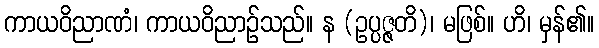
ကာယဝိညာဏံ၊ ကာယဝိညာဉ်သည်။ န (ဥပ္ပဇ္ဇတိ)၊ မဖြစ်။ ဟိ၊ မှန်၏။